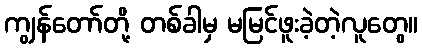
ကျွန်တော်တို့ တစ်ခါမှ မမြင်ဖူးခဲ့တဲ့လူတွေ။